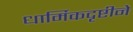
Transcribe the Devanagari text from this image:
धार्मिकदृष्टीने